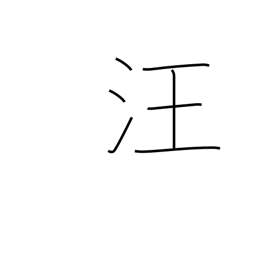
Meaning: expanse of water